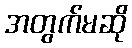
အတွက်မဆို